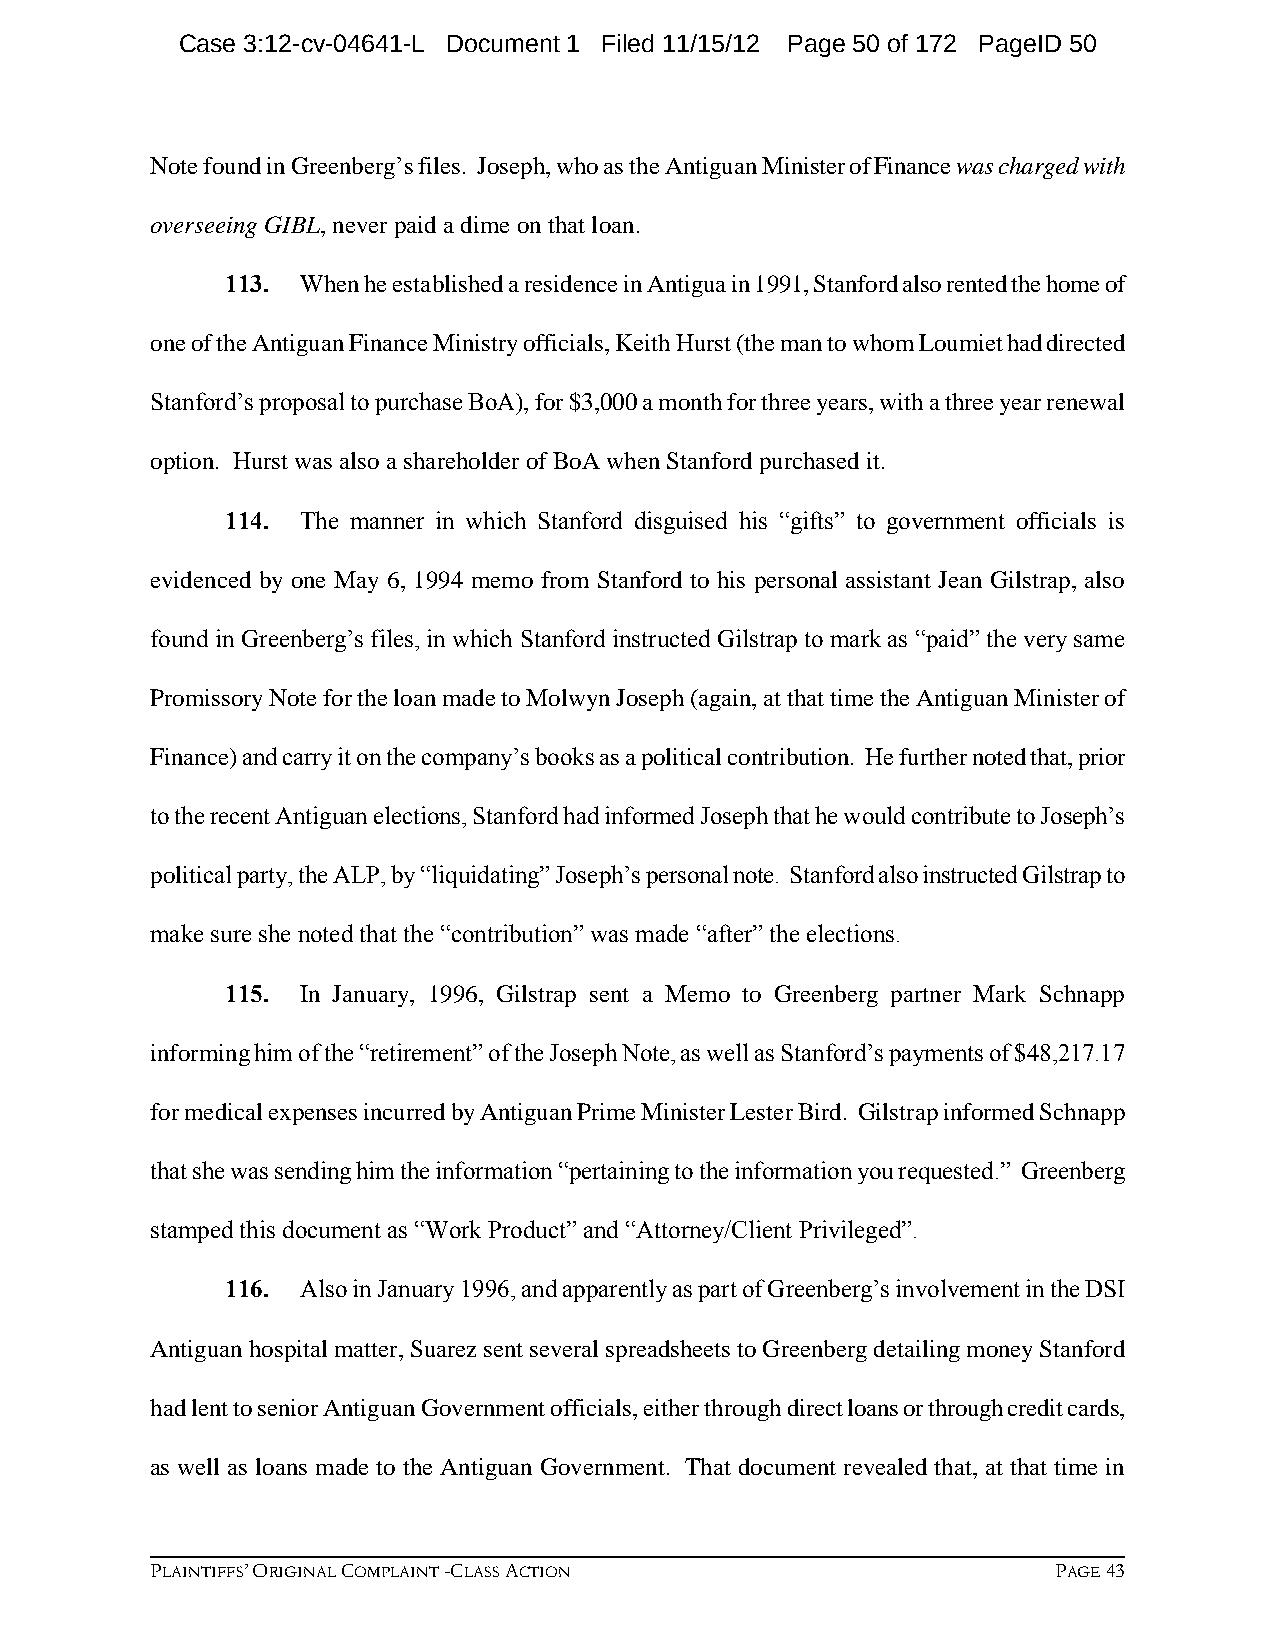
Case 3:12-cv-04641-L Document 1 Filed 11/15/12 Page 50 of 172 PageID 50
 Note found in Greenberg’s files. Joseph, who as the Antiguan Minister of Finance was charged with
 overseeing GIBL, never paid a dime on that loan.
 113. When he established a residence in Antigua in 1991, Stanford also rented the home of
 one of the Antiguan Finance Ministry officials, Keith Hurst (the man to whom Loumiet had directed
 Stanford’s proposal to purchase BoA), for $3,000 a month for three years, with a three year renewal
 option. Hurst was also a shareholder of BoA when Stanford purchased it.
 114. The manner in which Stanford disguised his “gifts” to government officials is
 evidenced by one May 6, 1994 memo from Stanford to his personal assistant Jean Gilstrap, also
 found in Greenberg’s files, in which Stanford instructed Gilstrap to mark as “paid” the very same
 Promissory Note for the loan made to Molwyn Joseph (again, at that time the Antiguan Minister of
 Finance) and carry it on the company’s books as a political contribution. He further noted that, prior
 to the recent Antiguan elections, Stanford had informed Joseph that he would contribute to Joseph’s
 political party, the ALP, by “liquidating” Joseph’s personal note. Stanford also instructed Gilstrap to
 make sure she noted that the “contribution” was made “after” the elections.
 115. In January, 1996, Gilstrap sent a Memo to Greenberg partner Mark Schnapp
 informing him of the “retirement” of the Joseph Note, as well as Stanford’s payments of $48,217.17
 for medical expenses incurred by Antiguan Prime Minister Lester Bird. Gilstrap informed Schnapp
 that she was sending him the information “pertaining to the information you requested.” Greenberg
 stamped this document as “Work Product” and “Attorney/Client Privileged”.
 116. Also in January 1996, and apparently as part of Greenberg’s involvement in the DSI
 Antiguan hospital matter, Suarez sent several spreadsheets to Greenberg detailing money Stanford
 had lent to senior Antiguan Government officials, either through direct loans or through credit cards,
 as well as loans made to the Antiguan Government. That document revealed that, at that time in
 PLAINTIFFS’ ORIGINAL COMPLAINT -CLASS ACTION                PAGE 43